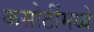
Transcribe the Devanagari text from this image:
कसोटींमध्ये